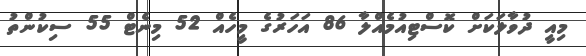
މިއީ ދުވާލަކަށް ކޮސްޓިއުމެއްލާ 86 އަހަރުގެ މީހެއް 52 މިނެޓް 55 ސިކުންތު